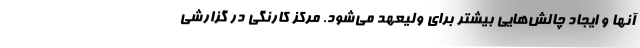
آنها و ایجاد چالش‌هایی بیشتر برای ولیعهد می‌شود. مرکز کارنگی در گزارشی